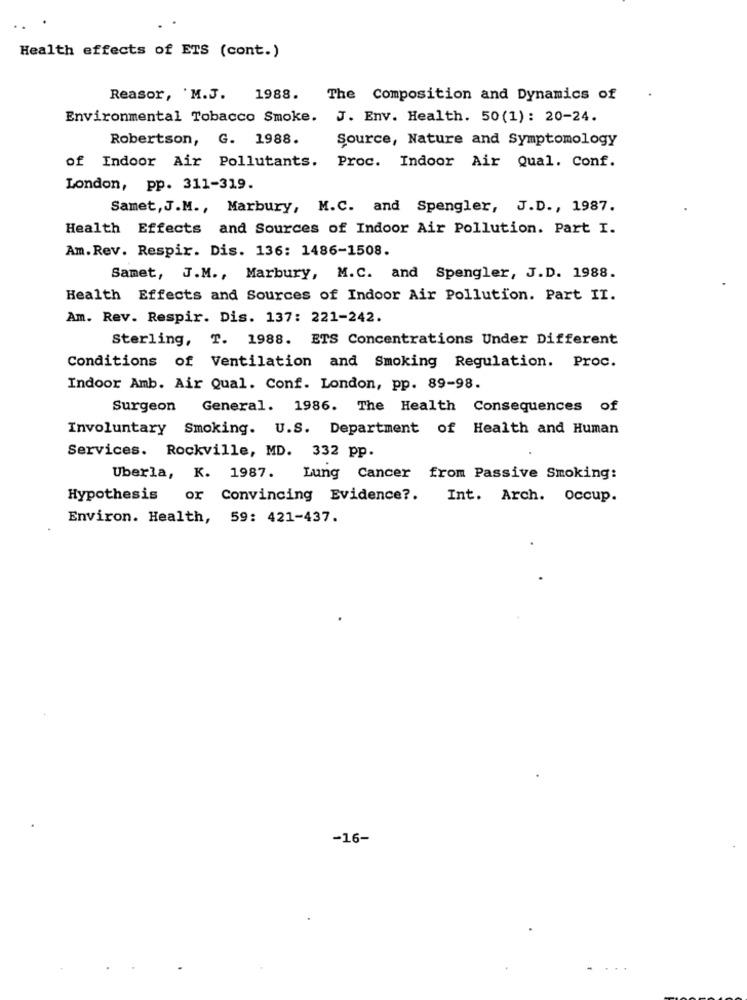
Health effects of ETS (cont.)
Reasor, 'M.J. 1988. The Composition and Dynamics of
Environmental Tobacco Smoke. J. Env. Health. 50(1): 20-24.
Robertson, G. 1988.
Source, Nature and Symptomology
of Indoor Air Pollutants. Proc. Indoor Air Qual. Conf.
London, pp. 311-319.
Samet, J.M ., Marbury, M.C. and Spengler, J.D ., 1987.
Health Effects and Sources of Indoor Air Pollution. Part I.
Am.Rev. Respir. Dis. 136: 1486-1508.
Samet, J.M ., Marbury, M.C. and Spengler, J.D. 1988.
Health Effects and Sources of Indoor Air Pollution. Part II.
Am. Rev. Respir. Dis. 137: 221-242.
Sterling, T. 1988. ETS Concentrations Under Different
Conditions of Ventilation and Smoking Regulation. Proc.
Indoor Amb. Air Qual. Conf. London, pp. 89-98.
Surgeon General. 1986. The Health Consequences of
Involuntary Smoking. U.S. Department of Health and Human
Services. Rockville, MD. 332 pp.
Uberla, K. 1987. Lung Cancer from Passive Smoking:
Hypothesis
or Convincing Evidence ?. Int. Arch. occup.
Environ. Health, 59: 421-437.
-16-